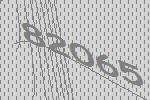
82065